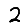
Digit: 2